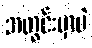
အတွင်းမှာပဲ